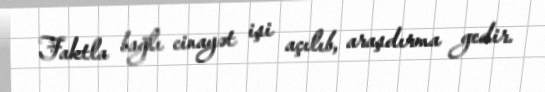
Faktla bağlı cinayət işi açılıb, araşdırma gedir.